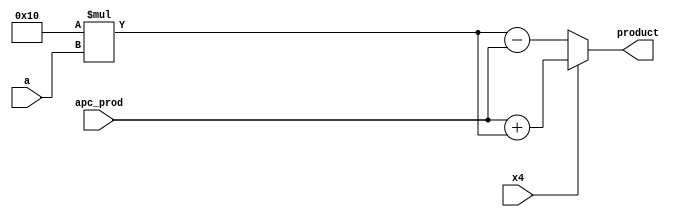
module add_sub(x4,apc_prod,a,product);
	input [8:0] apc_prod;
	input [4:0] a;
	input x4;
	output reg [9:0] product;
	reg [8:0] temp1;
	reg [31:0] temp;
	
	always @(*)
	begin 
	   temp=16*a;	
		temp1=temp[8:0];
		if (x4==1)
			product=apc_prod+temp1;
		else 
			product=temp1-apc_prod;
	end		
endmodule